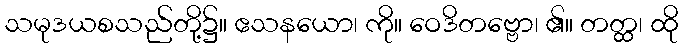
သမုဒယစသည်တို့၌။ ဧသနယော၊ ကို။ ဝေဒိတဗ္ဗော၊ ၏။ တတ္ထ၊ ထို